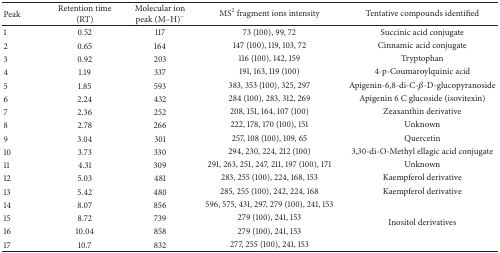
<table><thead><tr><td><b>Peak</b></td><td><b>Retention time (RT)</b></td><td><b>Molecular ion peak (M–H)<sup>−</sup></b></td><td><b>MS<sup>2</sup> fragment ions intensity</b></td><td><b>Tentative compounds identified</b></td></tr></thead><tbody><tr><td>1</td><td>0.52</td><td>117</td><td>73 (100), 99, 72</td><td>Succinic acid conjugate</td></tr><tr><td>2</td><td>0.65</td><td>164</td><td>147 (100), 119, 103, 72</td><td>Cinnamic acid conjugate</td></tr><tr><td>3</td><td>0.92</td><td>203</td><td>116 (100), 142, 159</td><td>Tryptophan</td></tr><tr><td>4</td><td>1.19</td><td>337</td><td>191, 163, 119 (100)</td><td>4-p-Coumaroylquinic acid</td></tr><tr><td>5</td><td>1.85</td><td>593</td><td>383, 353 (100), 325, 297</td><td>Apigenin-6,8-di-C-<i>β</i>-D-glucopyranoside</td></tr><tr><td>6</td><td>2.24</td><td>432</td><td>284 (100), 283, 312, 269</td><td>Apigenin 6 C glucoside (isovitexin)</td></tr><tr><td>7</td><td>2.36</td><td>252</td><td>208, 151, 164, 107 (100)</td><td>Zeaxanthin derivative</td></tr><tr><td>8</td><td>2.78</td><td>266</td><td>222, 178, 170 (100), 151</td><td>Unknown</td></tr><tr><td>9</td><td>3.04</td><td>301</td><td>257, 108 (100), 109, 65</td><td>Quercetin</td></tr><tr><td>10</td><td>3.73</td><td>330</td><td>294, 230, 224, 212 (100)</td><td>3,30-di-O-Methyl ellagic acid conjugate</td></tr><tr><td>11</td><td>4.31</td><td>309</td><td>291, 263, 251, 247, 211, 197 (100), 171</td><td>Unknown</td></tr><tr><td>12</td><td>5.03</td><td>481</td><td>283, 255 (100), 224, 168, 153</td><td>Kaempferol derivative</td></tr><tr><td>13</td><td>5.42</td><td>480</td><td>285, 255 (100), 242, 224, 168</td><td>Kaempferol derivative</td></tr><tr><td>14</td><td>8.07</td><td>856</td><td>596, 575, 431, 297, 279 (100), 241, 153</td><td rowspan="4">Inositol derivatives</td></tr><tr><td>15</td><td>8.72</td><td>739</td><td>279 (100), 241, 153</td></tr><tr><td>16</td><td>10.04</td><td>858</td><td>279 (100), 241, 153</td></tr><tr><td>17</td><td>10.7</td><td>832</td><td>277, 255 (100), 241, 153</td></tr></tbody></table>